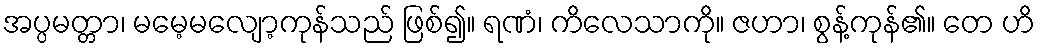
အပ္ပမတ္တာ၊ မမေ့မလျော့ကုန်သည် ဖြစ်၍။ ရဏံ၊ ကိလေသာကို။ ဇဟာ၊ စွန့်ကုန်၏။ တေ ဟိ